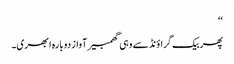
‘‘
پھر بیک گراؤنڈ سے وہی گھمبیر آواز دوبارہ ابھری۔